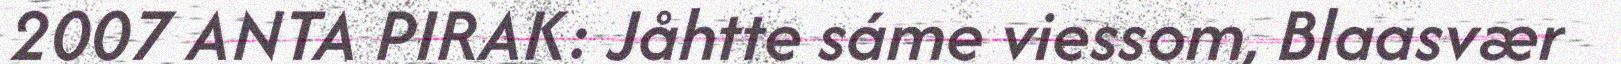
2007 ANTA PIRAK: Jåhtte sáme viessom, Blaasvær